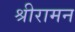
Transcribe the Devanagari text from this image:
श्रीरामन